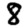
Digit: 8